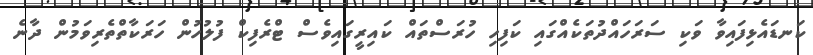
ކަނޑައެޅިިފައިވާ ވަކި ސަރަހައްދުތަކެއްގައި ކަފިހި ހުރަސްތައް ކައިރީގައިވެސް ޓްރެފިކް ފުލުހުން ހަރަކާތްތެރިވަމުން ދާނެ